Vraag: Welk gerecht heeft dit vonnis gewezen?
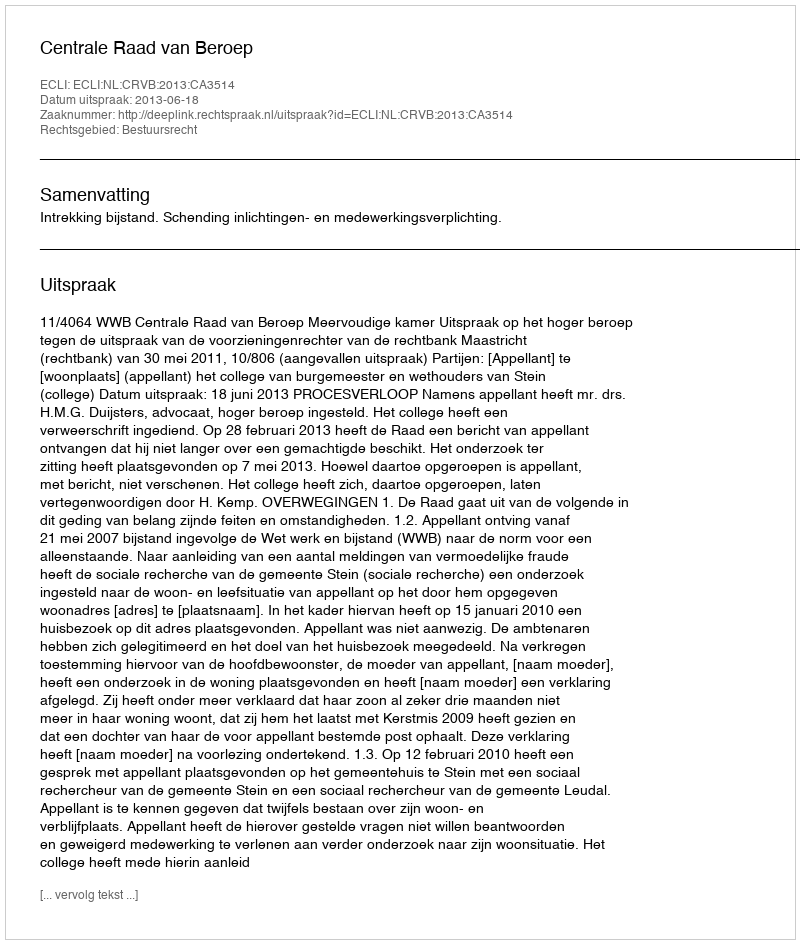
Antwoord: Centrale Raad van Beroep